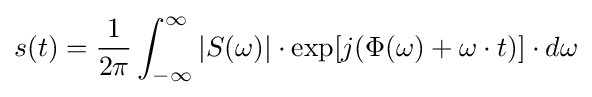
s(t)={\frac {1}{2\pi }}\int _{-\infty }^{\infty }|S(\omega )|\cdot \exp[j(\Phi (\omega )+\omega \cdot t)]\cdot d\omega